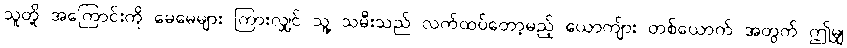
သူတို့ အကြောင်းကို မေမေများ ကြားလျှင် သူ့ သမီးသည် လက်ထပ်တော့မည့် ယောကျ်ား တစ်ယောက် အတွက် ဤမျှ